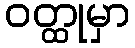
ဝတ္ထုမှာ